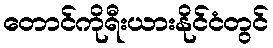
တောင်ကိုရီးယားနိုင်ငံတွင်